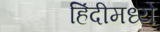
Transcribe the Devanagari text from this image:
हिंंदीमध्ये